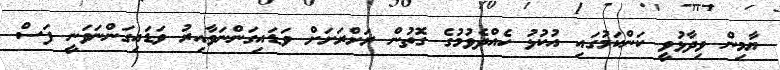
ޔާމިން ވިދާޅުވީ ކަންކަމުގައި އުކުޅު ހެއްދެވުމުގެ ގޮތުން ރަށްރަށަށް ވަޑައިގަންނަވާއިރު ވަޑައިގަންނަވަނީ ފަސް